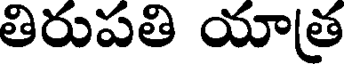
తిరుపతి యాత్ర